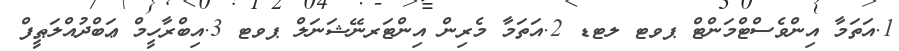
1.އަތަމާ އިންވެސްޓްމަންޓް ޕވޓ ލޓޑ 2.އަތަމާ މެރިން އިންޓަރނޭޝަނަލް ޕވޓ 3.އިބްރާހީމް ޢަބްދުއްލަޠީފް